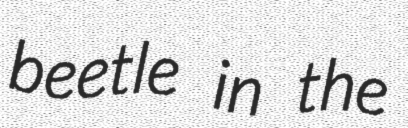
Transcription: beetle in the